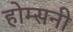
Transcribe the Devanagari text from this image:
होम्सनी